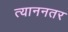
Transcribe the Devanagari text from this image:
त्याननतर